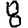
Digit: 8